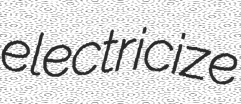
electricize